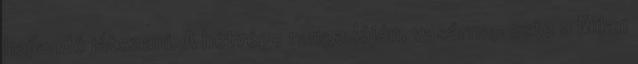
hajlandó játszani. A hétvége rangadóján, vasárnap este a Milan